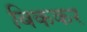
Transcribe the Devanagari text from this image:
बिककर